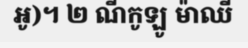
អូ)។ ២ ណីកូឡូ ម៉ាឈី